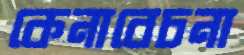
কেনাবেচনা